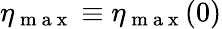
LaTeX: \eta_{\mathrm{~m~a~x~}}\equiv\eta_{\mathrm{~m~a~x~}}(0)